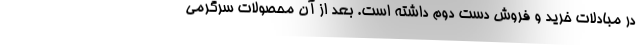
در مبادلات خرید و فروش دست دوم داشته است. بعد از آن محصولات سرگرمی